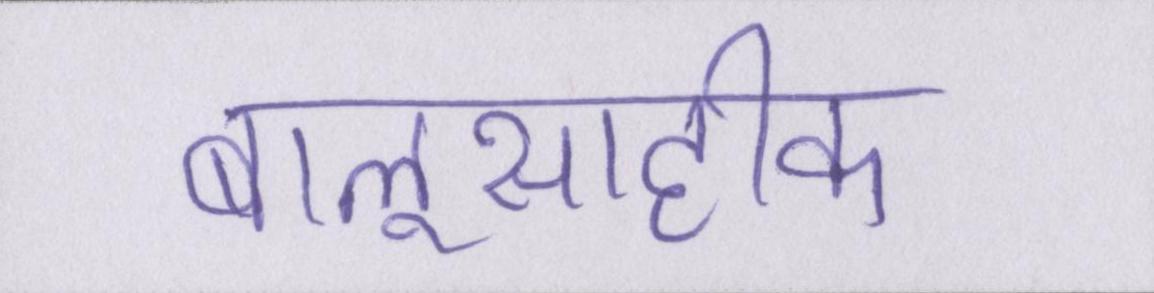
बालूसाहीके